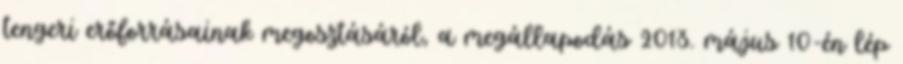
tengeri erőforrásainak megosztásáról, a megállapodás 2013. május 10-én lép